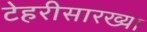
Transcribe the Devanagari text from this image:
टेहरीसारख्या